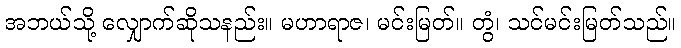
အဘယ်သို့ လျှောက်ဆိုသနည်း။ မဟာရာဇ၊ မင်းမြတ်။ တွံ၊ သင်မင်းမြတ်သည်။